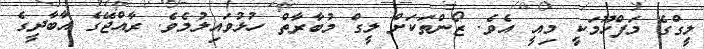
ލީގްގެ މަފްހޫމަކީ މިއީ އެވެ. ޒޯންތަކަށް ލީގް މުބާރާތް ހުޅުވައިލުމެވެ. ރާއްޖޭގެ އާބާދީގެ